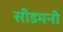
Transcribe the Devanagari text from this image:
सीडमनी